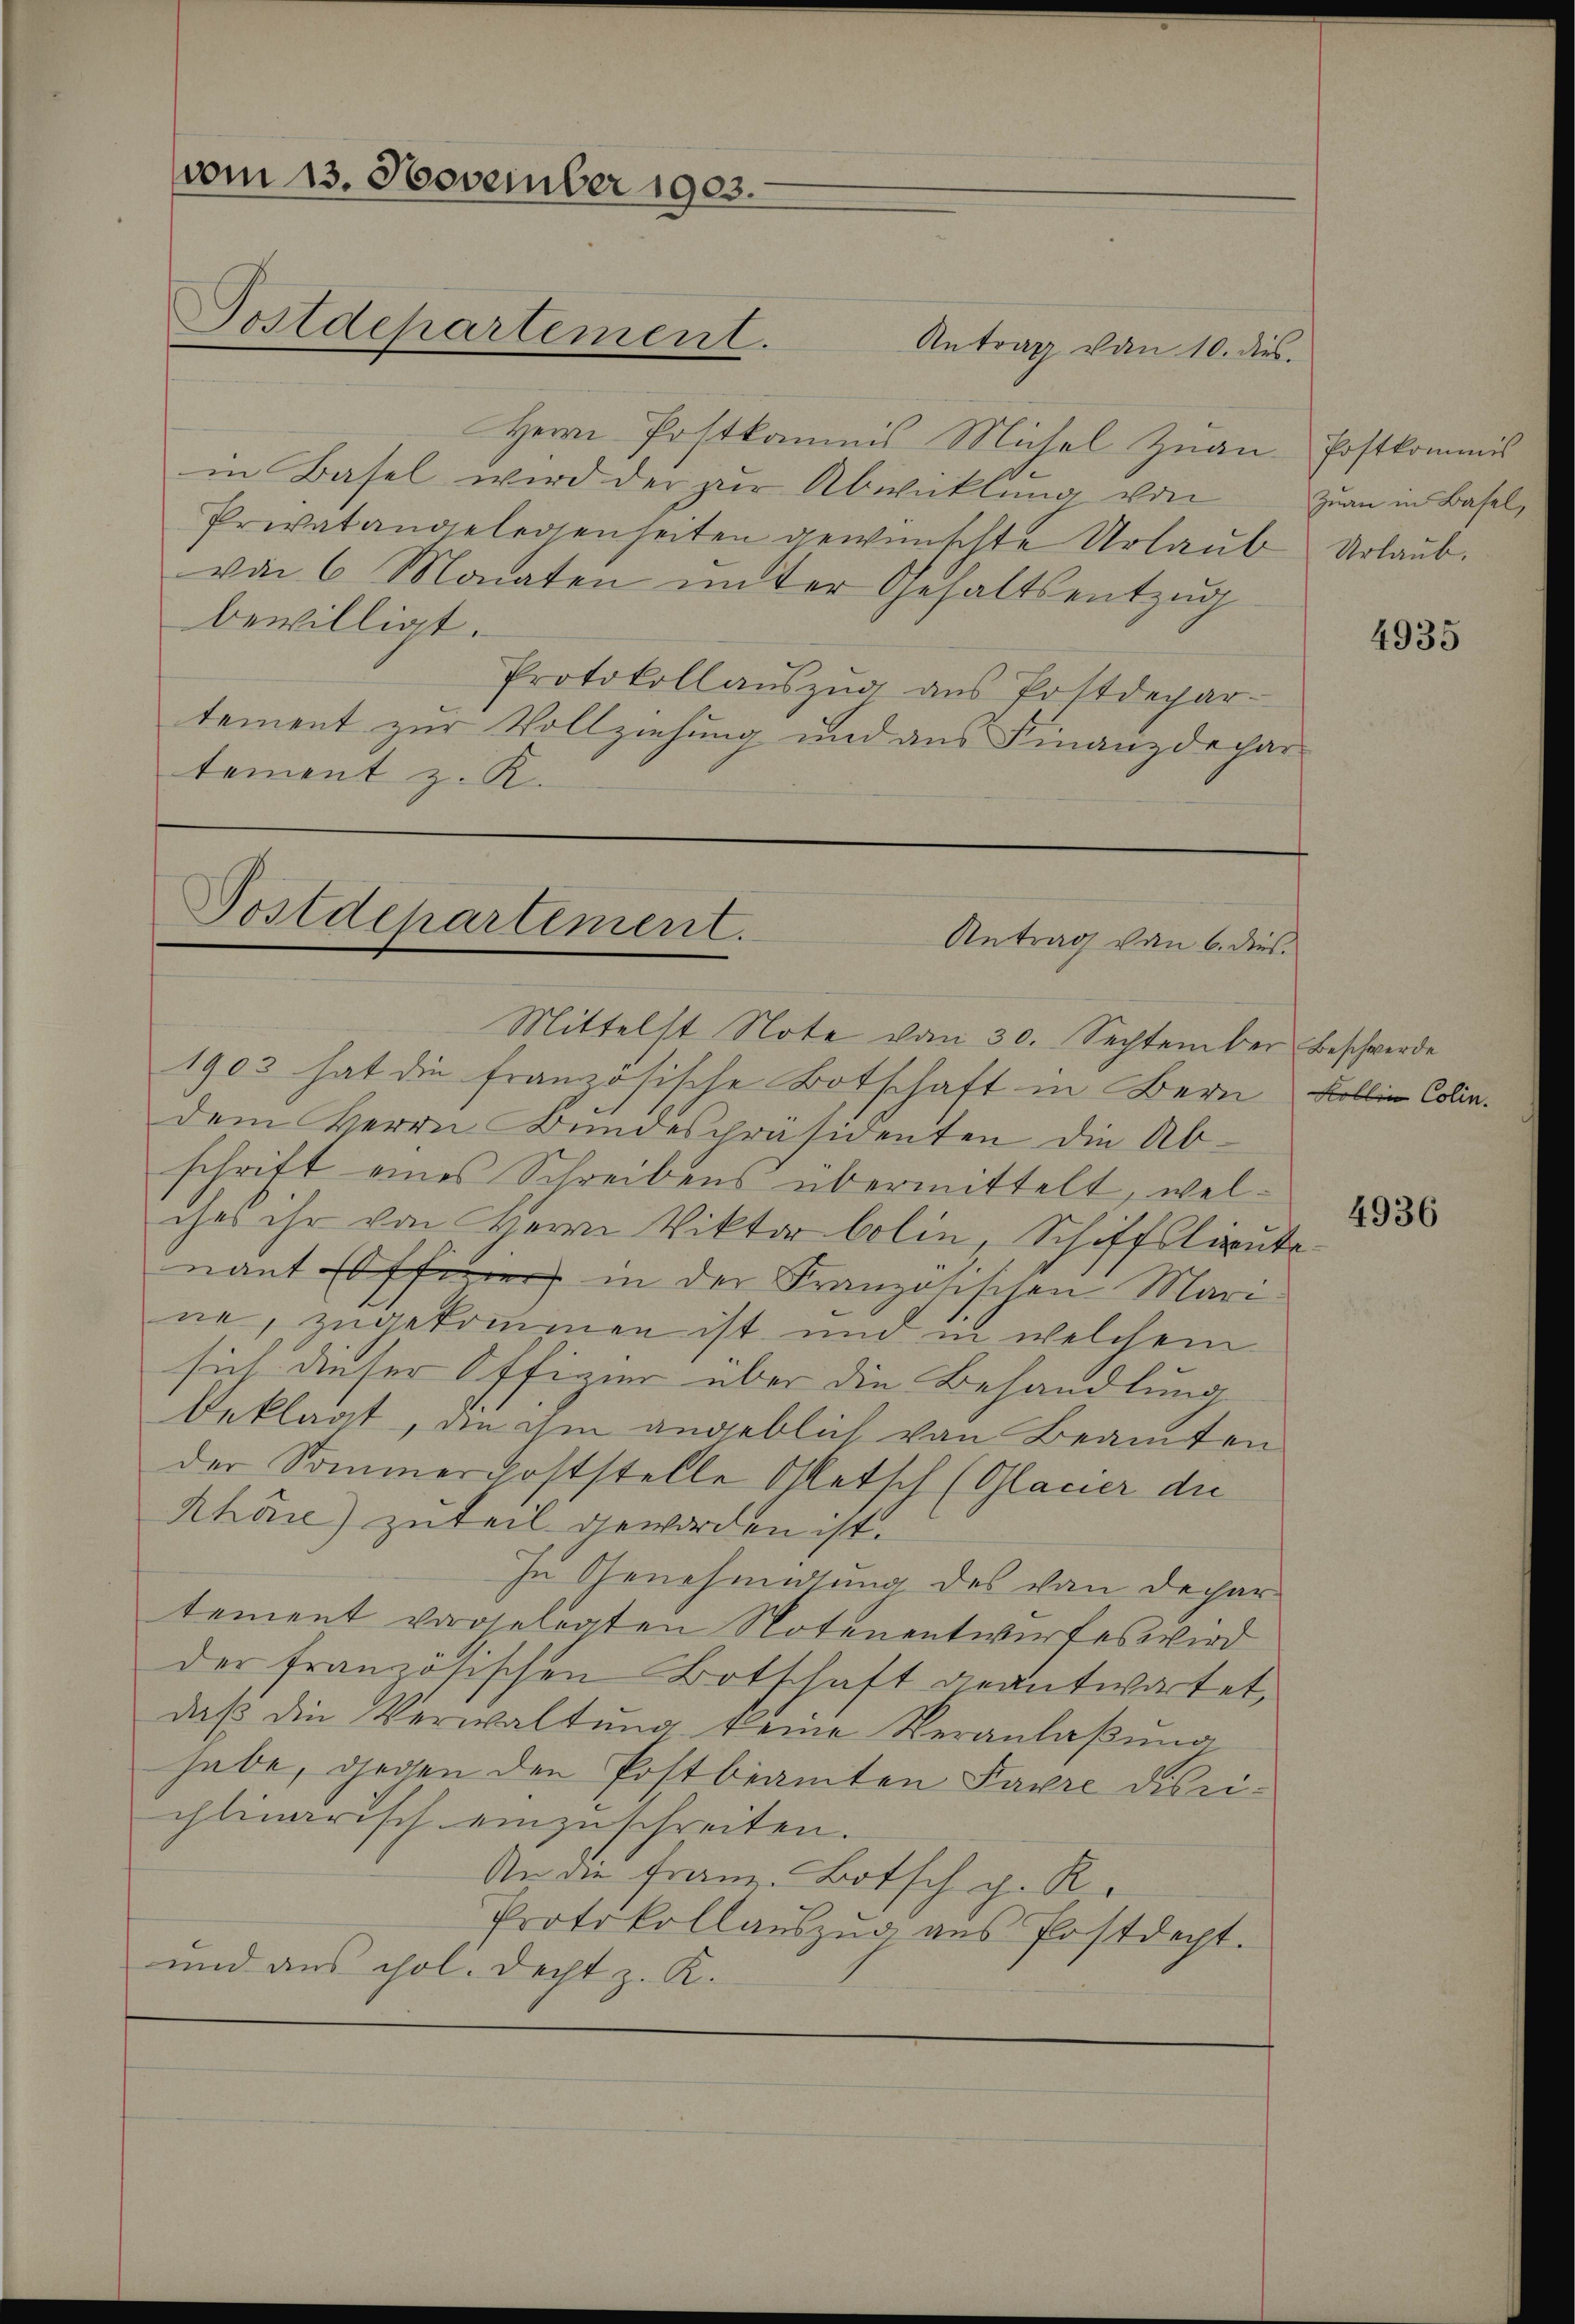
vom 13. November 1903.
Postdepartement. Antrag von 10. dies

Postdepartement.
Antrag von 6. dies

Herrn Postkommnis Michel Zuan-Postkommis
in Basel wird der zur Abwicklung von
Privatangelegenseiten gewünschte Urlaub Urlaub.
von 6 Monaten unter Gehaltsentzug
bewilligt.
Protokollaŭszŭg ans Postdepar-
tement zur Vollziehung und aus Finanzdepar
tement z. R.

Zuan in Basel,

Mittelst Note vom 30. September Beschwerde
1903 hat die französische Botschaft in Bern Bollin Collen.
dem Herrn Bundespräsidenten die Ab-
schrift eines Schreibens übermittelt, welches ihr von Herrn Viktor belin, Schiffslieute
nant feier in der Französischen Mari
ne, zugekommen ist und in welchem
sich dieser Offizier über die Behandlung
beklagt, an im angeblich von Beamten
der Sommercoststelle Ohletsch (Glacier de
Rhone) zuteil geworden ist.
In Genehmigung des von Dechar
tement vorgelegten Notenentwurfes wird
der französischen Botschaft geantwortet,
daβ die Verwaltŭng keine Veranlaßung
habe, gegen den Postbeamten Favre dis eichlinarisch einzuschreiten.
An die Frau. Botsch z. R.
Protokollaŭszŭg aŭs Postdacht.
und aus hol. Recht z. R.

4935

4936